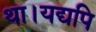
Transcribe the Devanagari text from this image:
था।यद्यपि